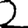
Digit: 2